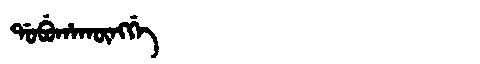
Manchu: ᡩᠣᠪᡠᡥᠠᡴᡡᠩᡤᡝ
Romanization: DOBUHAKŪNGGE